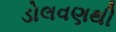
ડોલવણથી